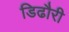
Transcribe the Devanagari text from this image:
डिढौरी